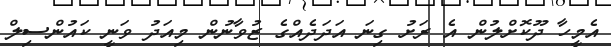
އެމީހާ ދޫކޮށްލުން އެ ރަށު ގިނަ އަދަދެއްގެ ޒުވާނުން މިއަދު ވަނީ ކައުންސިލް